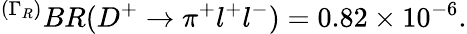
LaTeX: ^{(\Gamma_{R})}BR(D^{+}\to\pi^{+}l^{+}l^{-})=0.82\times 10^{-6}.